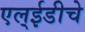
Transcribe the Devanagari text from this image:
एल्‌ईडीचे